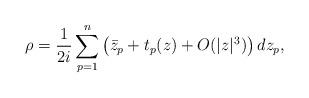
LaTeX: \begin{align*}\rho = \frac{1}{2i} \sum_{p=1}^n \left( \bar{z}_p + t_p(z) + O(|z|^3) \right) dz_p,\end{align*}